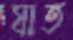
যাত